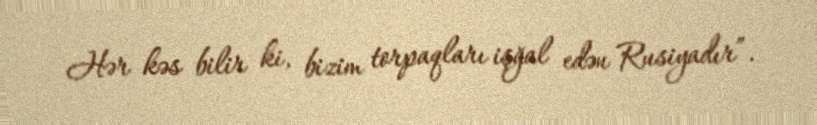
Hər kəs bilir ki, bizim torpaqları işğal edən Rusiyadır”.